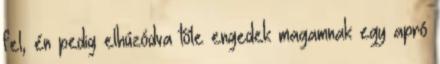
fel, én pedig elhúzódva tőle engedek magamnak egy apró